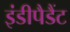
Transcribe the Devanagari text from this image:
इंडीपैडैंट